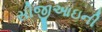
સીજીઆઇની